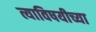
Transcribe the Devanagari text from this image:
त्याविषयीच्या